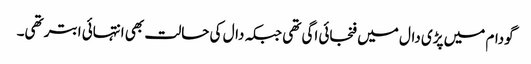
گودام میں پڑی دال میں فنجائی اگی تھی جبکہ دال کی حالت بھی انتہائی ابتر تھی۔